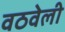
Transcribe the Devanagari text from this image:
वठवेली